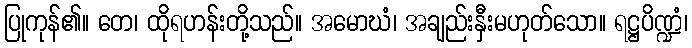
ပြုကုန်၏။ တေ၊ ထိုရဟန်းတို့သည်။ အမောဃံ၊ အချည်းနှီးမဟုတ်သော။ ရဋ္ဌပိဏ္ဍံ၊